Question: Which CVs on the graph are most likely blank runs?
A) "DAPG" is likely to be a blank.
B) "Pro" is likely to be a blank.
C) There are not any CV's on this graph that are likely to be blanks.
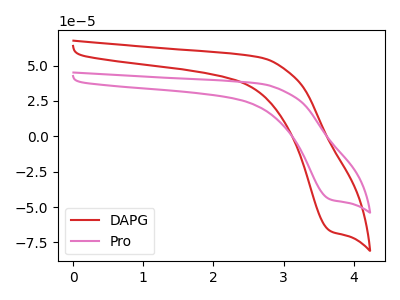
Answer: <think>The red curve "DAPG" has a cathodic peak at: (3.65V, -67.10uA). The pink curve "Pro" has a cathodic peak at: (3.65V, -44.75uA).</think>
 <answer>C) There are not any CV's on this graph that are likely to be blanks.</answer>
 <eval>C</eval>